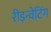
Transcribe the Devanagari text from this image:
रीइन्वेंटिंग